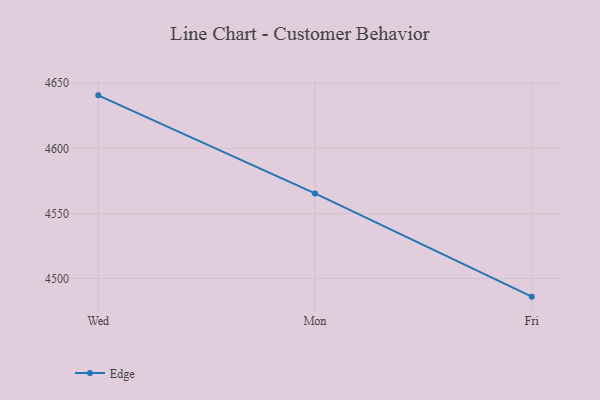
{"axis": {"x": "Day", "y": "Inventory Turnover"}, "legend": ["Edge"], "data": [{"x": "Wed", "y": 4640.7, "type": "Edge"}, {"x": "Mon", "y": 4565.4, "type": "Edge"}, {"x": "Fri", "y": 4486.1, "type": "Edge"}]}